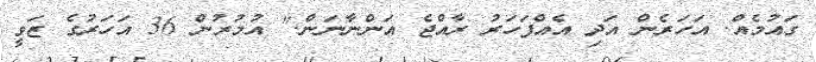
ގައުމެއް. އަހަރެން އަދި އެއްފަހަރު ރާއްޖެ އަންނާނަން." އުމުރުން 36 އަހަރުގެ ޒަވީ